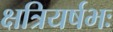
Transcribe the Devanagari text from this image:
क्षत्रियर्षभः